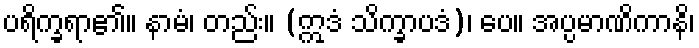
ပရိက္ခရာ၏။ နာမံ၊ တည်း။ (ဣဒံ သိက္ခာပဒံ)၊ ပေ။ အပ္ပမာဏိကာနိ၊